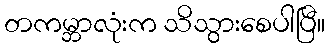
တကမ္ဘာလုံးက သိသွားစေပါပြီ။